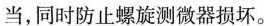
当，同时防止螺旋测微器损坏。